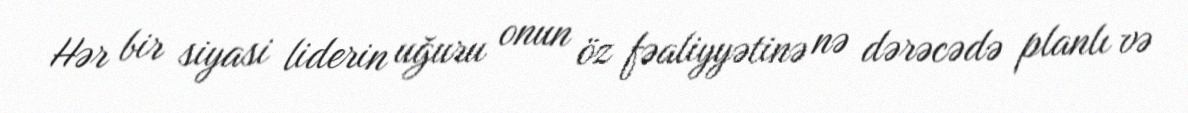
Hər bir siyasi liderin uğuru onun öz fəaliyyətinə nə dərəcədə planlı və